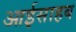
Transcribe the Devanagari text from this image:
आईसाहब